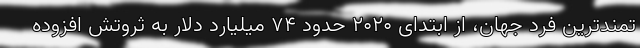
تمندترین فرد جهان، از ابتدای ۲۰۲۰ حدود ۷۴ میلیارد دلار به ثروتش افزوده